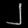
Digit: ၂